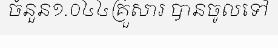
ចំនួន១.០៤៤គ្រួសារ បានចូលទៅ